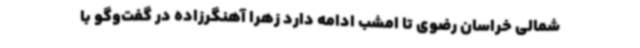
شمالی خراسان رضوی تا امشب ادامه دارد زهرا آهنگرزاده در گفت‌وگو با